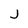
Character: j